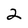
Character: 2